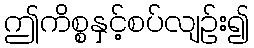
ဤကိစ္စနှင့်စပ်လျဉ်း၍